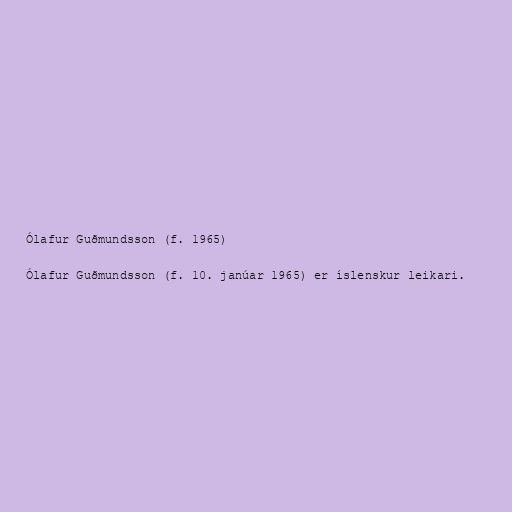
Ólafur Guðmundsson (f. 1965)

Ólafur Guðmundsson (f. 10. janúar 1965) er íslenskur leikari.